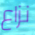
نزاع